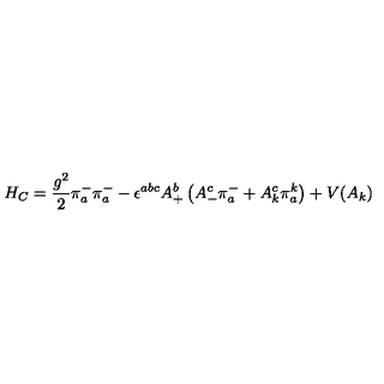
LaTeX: H _ { C } = \frac { g ^ { 2 } } { 2 } \pi _ { a } ^ { - } \pi _ { a } ^ { - } - \epsilon ^ { a b c } A _ { + } ^ { b } \left( A _ { - } ^ { c } \pi _ { a } ^ { - } + A _ { k } ^ { c } \pi _ { a } ^ { k } \right) + V ( A _ { k } )